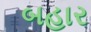
બહાર